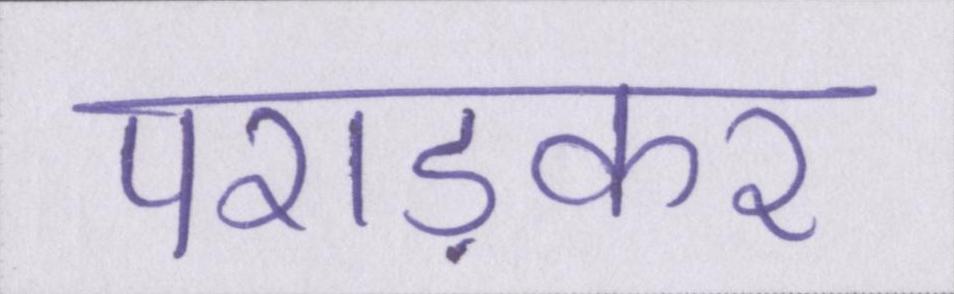
पराड़कर